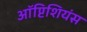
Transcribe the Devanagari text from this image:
ऑप्टिशियंस